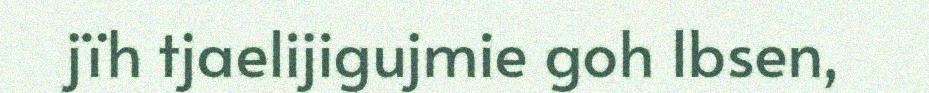
jïh tjaelijigujmie goh Ibsen,